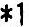
*1